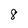
Character: 8